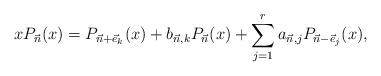
LaTeX: \begin{align*} x P_{\vec{n}}(x) = P_{\vec{n}+\vec{e}_k}(x) + b_{\vec{n},k} P_{\vec{n}}(x) + \sum_{j=1}^r a_{\vec{n},j} P_{\vec{n}-\vec{e}_j}(x), \end{align*}